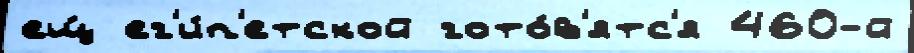
ещ́ ег'и́п'етской гото́в'ятс'я 460-й